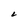
Character: L